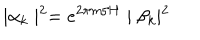
LaTeX: \mid \alpha _ { k } \mid ^ { 2 } = e ^ { 2 \pi m / H } \mid \beta _ { k } \mid ^ { 2 }